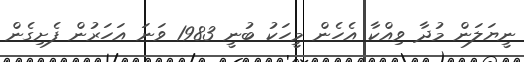
ނީޔަލަން މުދާ ވިއްކާ އެހެން މީހަކު ބުނީ 1983 ވަނަ އަހަރުން ފެށިގެން